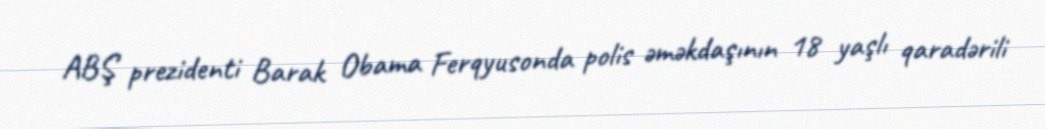
ABŞ prezidenti Barak Obama Ferqyusonda polis əməkdaşının 18 yaşlı qaradərili